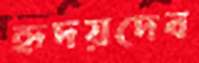
হৃদয়দেব